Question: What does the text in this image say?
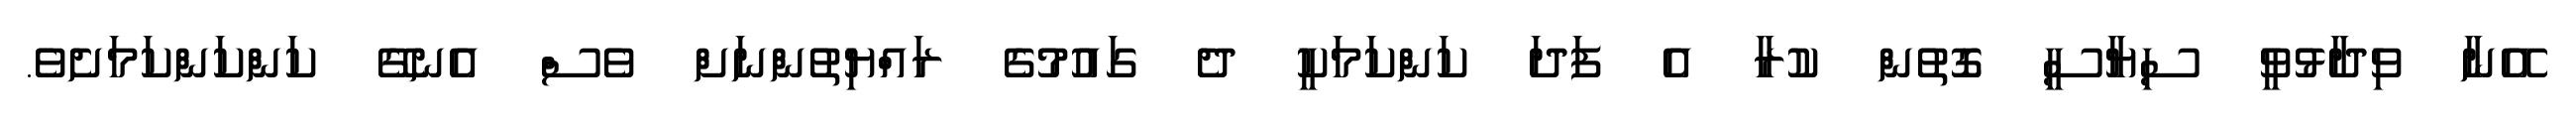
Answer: އޭނާ ވިދާޅުވީ ސިޔާސީ ގޮތުން ކުރާ އެ ފަދަ ކަންކަމަކީ ދެ ގައުމުގެ ރައްޔިތުންނަށް ވެސް އެނގޭ ކަންކަންކަމަށެވެ.